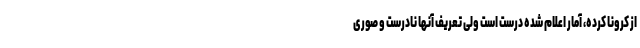
از کرونا کرده، آمار اعلام شده درست است ولی تعریف آنها نادرست و صوری